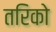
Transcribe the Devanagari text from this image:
तरिको